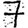
Digit: 7